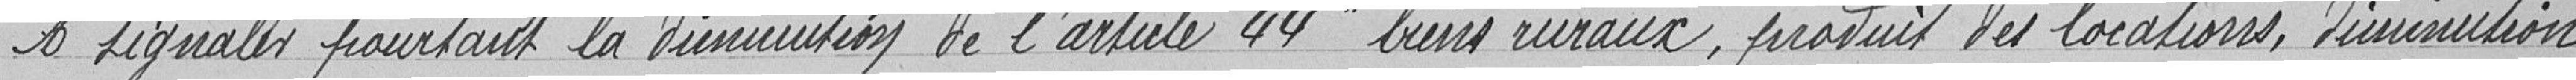
A signaler pourtant la diminution de l'article 44 "biens ruraux, produits des locations, diminution